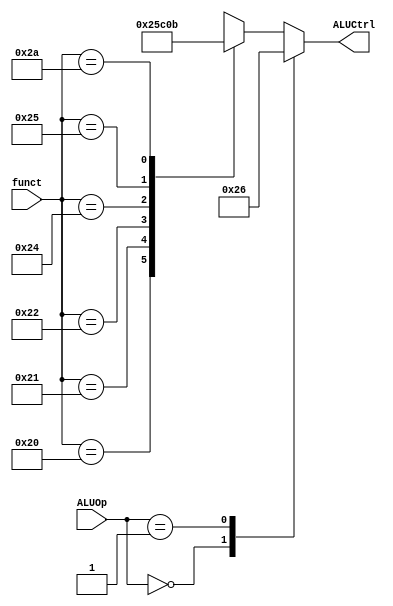
module ALUCU(
    input [5:0]funct,
    input [1:0]ALUOp,
    output reg [2:0] ALUCtrl
    );
    always @(*)
        case(ALUOp)
            2'b00:ALUCtrl<=3'b100;//add
            2'b01:ALUCtrl<=3'b110;//sub
        default:case(funct)
                    6'b100000:ALUCtrl<=3'b100;//ADD
                    6'b100001:ALUCtrl<=3'b101;//ADDU
                    6'b100010:ALUCtrl<=3'b110;//SUB
                    6'b100100:ALUCtrl<=3'b000;//AND
                    6'b100101:ALUCtrl<=3'b001;//OR
                    6'b101010:ALUCtrl<=3'b011;//SLT
                    default:ALUCtrl<=3'bxxx;
                endcase
         endcase
endmodule